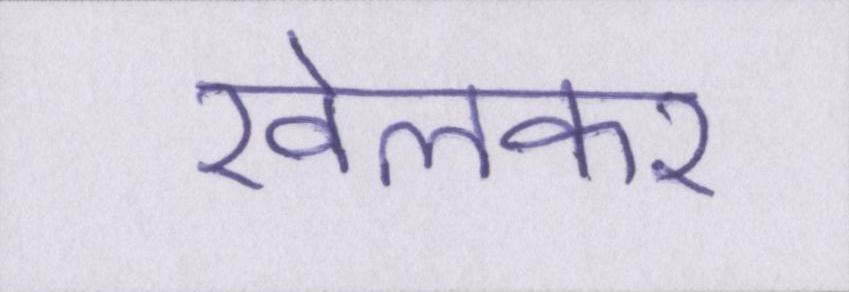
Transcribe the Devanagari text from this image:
खेलकर